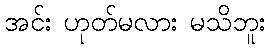
အင်း ဟုတ်မလား မသိဘူး